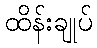
ထိန်းချုပ်